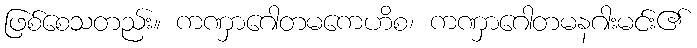
ဖြစ်စေသတည်း။ ကဏှာဂေါတမကေဟိစ၊ ကဏှာဂေါတမနဂါးမင်း၏